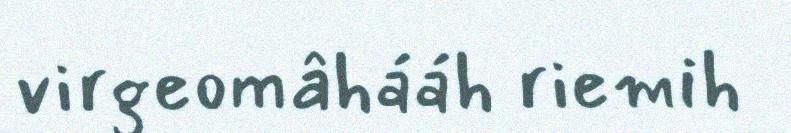
virgeomâhááh riemih